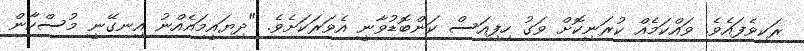
ރަކިވެފައެވެ. ވައްކަމެއް ކުރަނިކޮށް ވަގު ހިފިއަސް ކަންބޮޑުވާނީ އެވަރަކަށެވެ. "ދިޔައީމައެއްނު އިނގޭނީ މުސްކާން